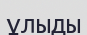
ұлыды